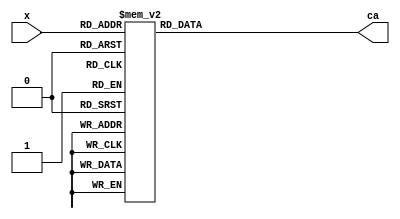
/*******************************************************************************
Hex-to-seven-segment Decoder converts a 4-bit binary number 'x' into a 
7-bit binary number 'ca'.

'ca' represents the states of 7 cathodes connected to the seven-segment 
display. 0 is on, 1 is off.

For Digilent BASYS 3 Artix 7 FPGA Trainer Board: 
 - ca[6] = CA (pin W7)
 - ca[5] = CB (pin W6)
 - ca[4] = CC (pin U8)
 - ca[3] = CD (pin V8)
 - ca[2] = CE (pin U5) 
 - ca[1] = CF (pin V5)
 - ca[0] = CG (pin U7)

Input:
    x:  4-bit binary (2-bit hexadecimal) number to display

Output:
    ca: 7-bit cathode control signal           
*******************************************************************************/

`timescale 1ns / 1ps

module hex_to_svn_seg_dcdr(
    input [3:0] x,
    output reg [6:0] ca
    );
    
    always @* begin
        case (x)
            0 : ca  = 7'b0000001; // '0'
            1 : ca  = 7'b1001111; // '1'
            2 : ca  = 7'b0010010; // '2'
            3 : ca  = 7'b0000110; // '3'
            4 : ca  = 7'b1001100; // '4'
            5 : ca  = 7'b0100100; // '5'
            6 : ca  = 7'b0100000; // '6'
            7 : ca  = 7'b0001111; // '7'
            8 : ca  = 7'b0000000; // '8'
            9 : ca  = 7'b0000100; // '9'
            10 : ca = 7'b0001000; // 'A'
            11 : ca = 7'b1100000; // 'B'
            12 : ca = 7'b0110001; // 'C'
            13 : ca = 7'b1000010; // 'D'
            14 : ca = 7'b0110000; // 'E'
            15 : ca = 7'b0111000; // 'F'
        endcase
    end
endmodule